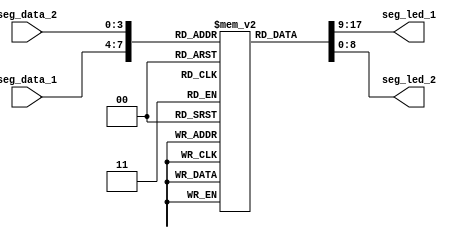
module LED_num (seg_data_1,seg_data_2,seg_led_1,seg_led_2);
 
	input [3:0] seg_data_1;						//0~94
	input [3:0] seg_data_2;						//
	output [8:0] seg_led_1;						//9 MSB~LSB=DIGDPGFEDCBA
	output [8:0] seg_led_2;						//  MSB~LSB=DIGDPGFEDCBA
 
        reg [8:0] seg [9:0];                                            //reg10*9109
 
        initial                                                         //regVerilogalwaysinitial
                                                                        //initialalways
	    begin
            seg[0] = 9'h3f;                                           //9'b00_0011_1111,DP7  0
				seg[1] = 9'h06;                                           //7  1
				seg[2] = 9'h5b;                                           //7  2
				seg[3] = 9'h4f;                                           //7  3
				seg[4] = 9'h66;                                           //7  4
				seg[5] = 9'h6d;                                           //7  5
				seg[6] = 9'h7d;                                           //7  6
				seg[7] = 9'h07;                                           //7  7
				seg[8] = 9'h7f;                                           //7  8
				seg[9] = 9'h6f;                                           //7  9
        end
 
        assign seg_led_1 = seg[seg_data_1];                         //9
        assign seg_led_2 = seg[seg_data_2];
 
endmodule